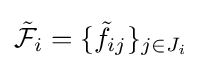
{\tilde {\mathcal {F}}}_{i}=\{{\tilde {f}}_{ij}\}_{j\in J_{i}}